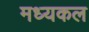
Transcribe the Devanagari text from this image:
मध्यकल